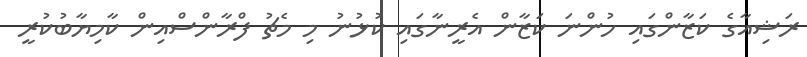
ރަޝިއާގެ ކަޒާންގައި ހުންނަ ކަޒާން އެރީނާގައި ކުޅުނު މި މެޗު ފްރާންސްއިން ކާމިޔާބުކުރީ